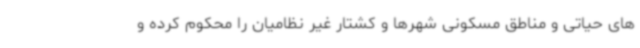
های حیاتی و مناطق مسکونی شهرها و کشتار غیر نظامیان را محکوم کرده و